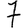
Digit: 7